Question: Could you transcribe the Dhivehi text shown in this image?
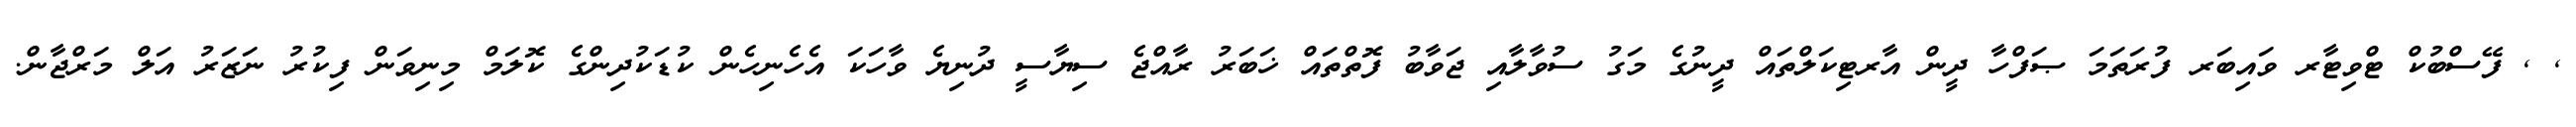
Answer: , , ފޭސްބުކް ޓްވިޓާރ ވައިބަރ ފުރަތަމަ ޞަފްހާ ދީން އާރޓިކަލްތައް ދީނުގެ މަގު ސުވާލާއި ޖަވާބު ފޮތްތައް ޚަބަރު ރާއްޖެ ސިޔާސީ ދުނިޔެ ވާހަކަ އެހެނިހެން ކުޑަކުދިންގެ ކޮލަމް މިނިވަން ފިކުރު ނަޒަރު އަލް މަރްޖާން.